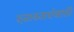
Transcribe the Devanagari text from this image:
दत्तावतारांसाठी